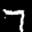
Label: 7